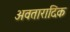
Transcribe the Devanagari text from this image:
अवतारादिक